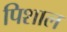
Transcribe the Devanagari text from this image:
पिशाल